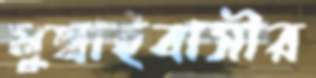
মুম্বাইবাসীর